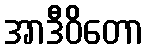
အာဒီဝိတော